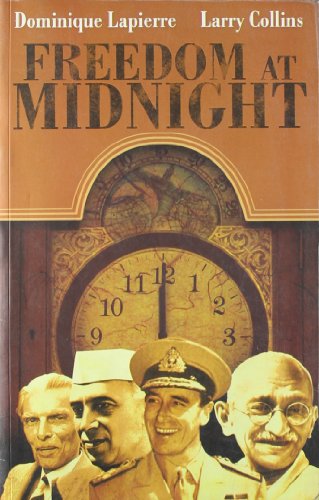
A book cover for Freedom at Midnight; Dominique Lapierre; History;